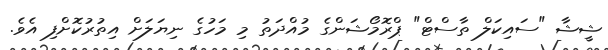
ޝީޝާ "ސައިކަލް ތާސްޓް" ޕްރޮމޯޝަންގެ މުއްދަތު މި މަހުގެ ނިޔަލަށް އިތުރުކޮށްފި އެވެ.